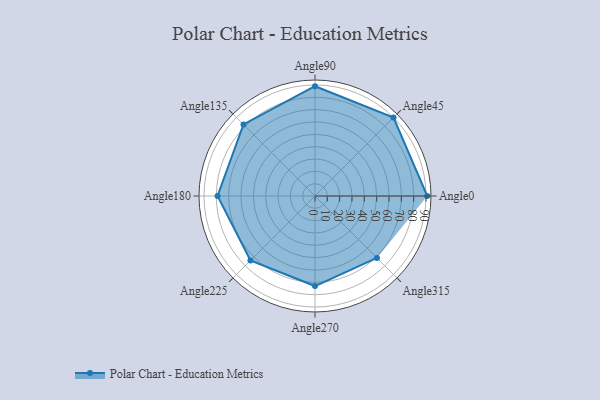
{"axis": {"x": "Angle", "y": "Radius"}, "legend": [""], "data": [{"x": "Angle0", "y": 91.0, "type": ""}, {"x": "Angle45", "y": 90.0, "type": ""}, {"x": "Angle90", "y": 89.0, "type": ""}, {"x": "Angle135", "y": 82.0, "type": ""}, {"x": "Angle180", "y": 79.0, "type": ""}, {"x": "Angle225", "y": 74.0, "type": ""}, {"x": "Angle270", "y": 73.0, "type": ""}, {"x": "Angle315", "y": 71.0, "type": ""}]}